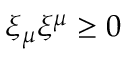
\xi _ { \mu } \xi ^ { \mu } \ge 0